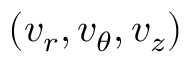
( v _ { r } , v _ { \theta } , v _ { z } )